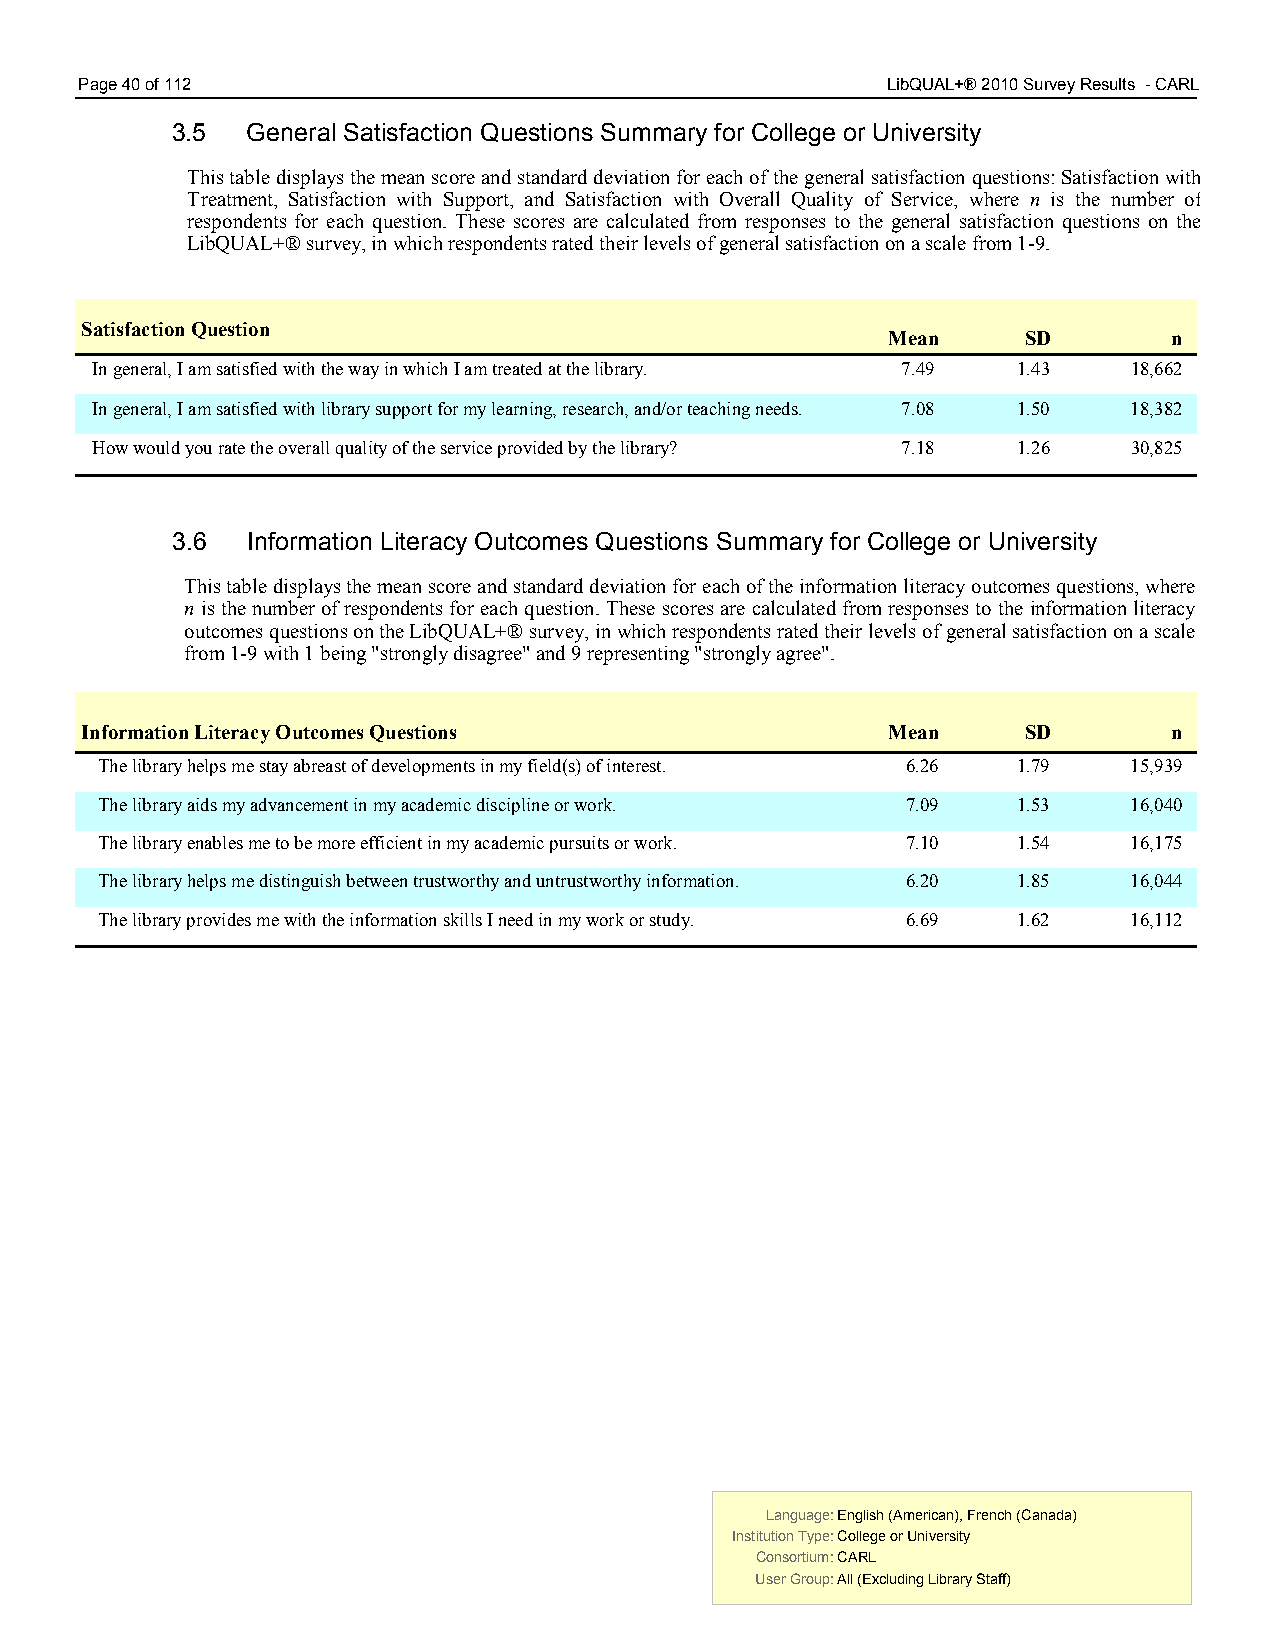
Page 40 of 112                                        LibQUAL+® 2010 Survey Results - CARL
 3.5  General Satisfaction Questions Summary for College or University
 This table displays the mean score and standard deviation for each of the general satisfaction questions: Satisfaction with
 Treatment, Satisfaction with Support, and Satisfaction with Overall Quality of Service, where n is the number of
 respondents for each question. These scores are calculated from responses to the general satisfaction questions on the
 LibQUAL+® survey, in which respondents rated their levels of general satisfaction on a scale from 1-9.
 Satisfaction Question
 Mean     SD        n
 In general, I am satisfied with the way in which I am treated at the library. 7.49 1.43 18,662
 In general, I am satisfied with library support for my learning, research, and/or teaching needs. 7.08 1.50 18,382
 How would you rate the overall quality of the service provided by the library? 7.18 1.26 30,825
 3.6  Information Literacy Outcomes Questions Summary for College or University
 This table displays the mean score and standard deviation for each of the information literacy outcomes questions, where
 n is the number of respondents for each question. These scores are calculated from responses to the information literacy
 outcomes questions on the LibQUAL+® survey, in which respondents rated their levels of general satisfaction on a scale
 from 1-9 with 1 being "strongly disagree" and 9 representing "strongly agree".
 Information Literacy Outcomes Questions               Mean     SD        n
 The library helps me stay abreast of developments in my field(s) of interest. 6.26 1.79 15,939
 The library aids my advancement in my academic discipline or work. 7.09 1.53 16,040
 The library enables me to be more efficient in my academic pursuits or work. 7.10 1.54 16,175
 The library helps me distinguish between trustworthy and untrustworthy information. 6.20 1.85 16,044
 The library provides me with the information skills I need in my work or study. 6.69 1.62 16,112
 Language: English (American), French (Canada) Language: English (American), French (Canada)
 Institution Type: College or University  Institution Type: College or University
 Consortium: CARL                         Consortium: CARL
 User Group: All (Excluding Library Staff) User Group: All (Excluding Library Staff)